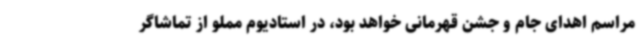
مراسم اهدای جام و جشن قهرمانی خواهد بود، در استادیوم مملو از تماشاگر